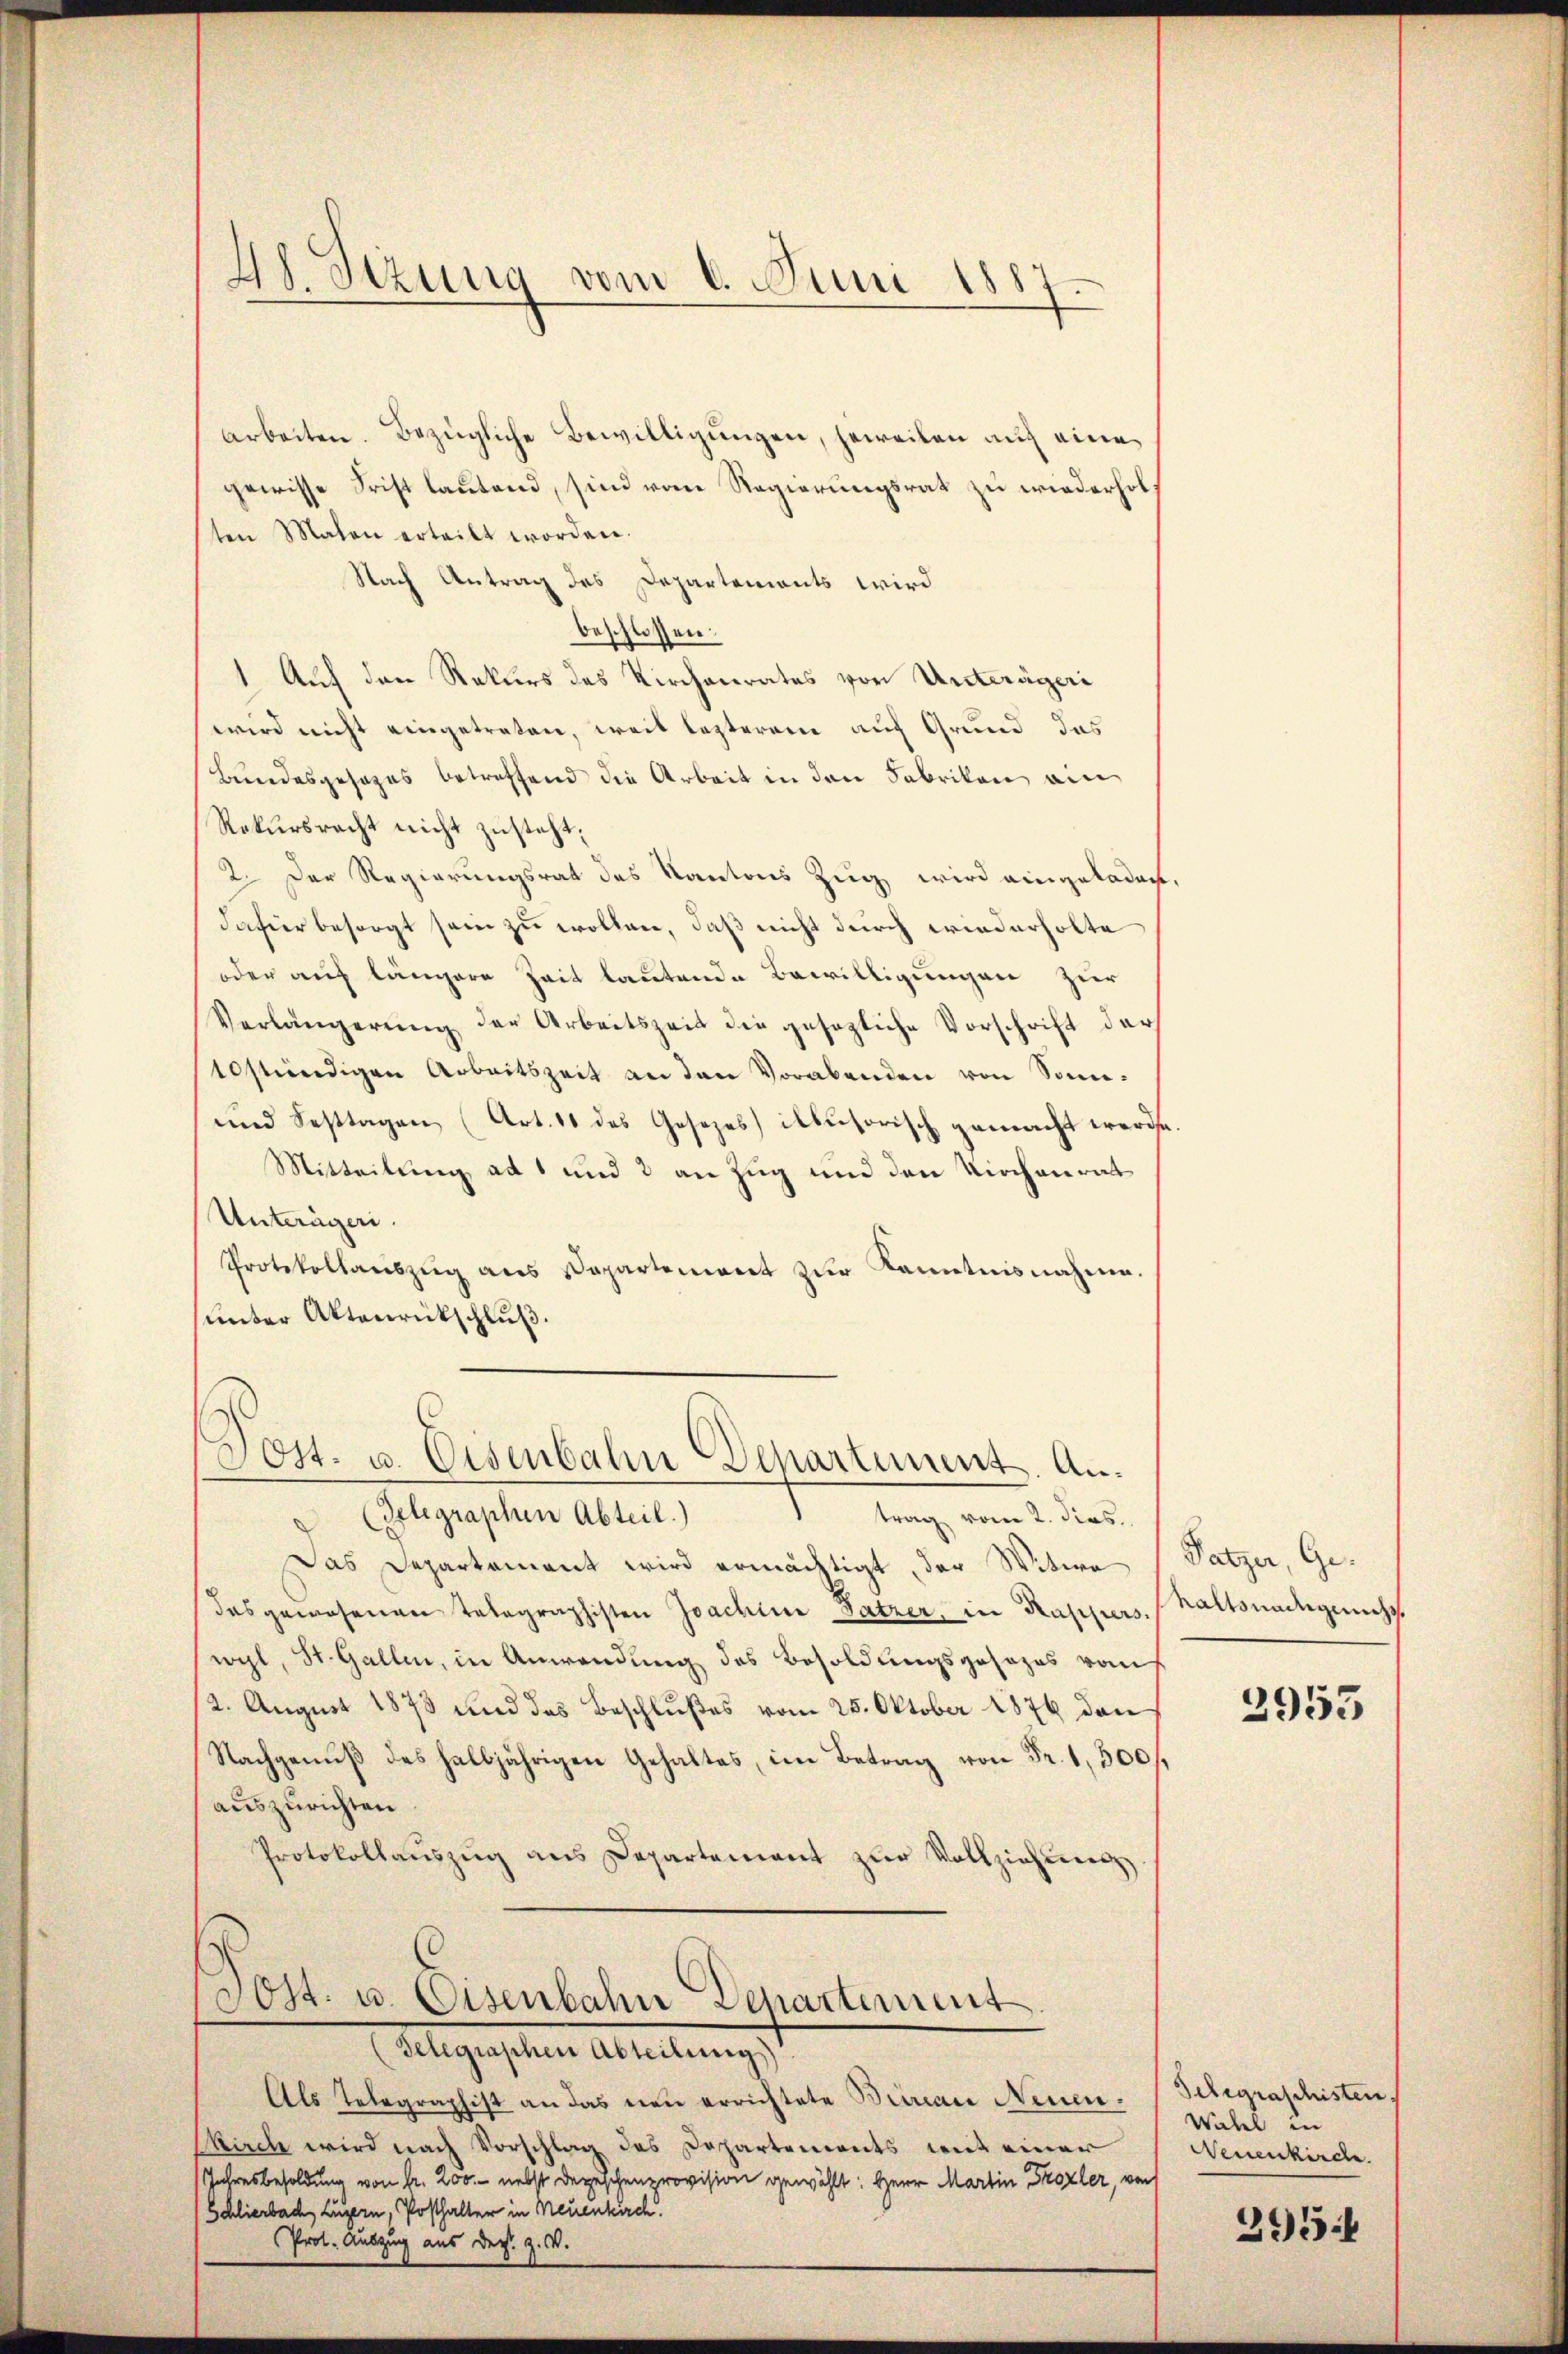
arbeiten. Bezügliche Bewilligungen, jeweilen auf eine
gewisse Frist lautend, sind vom Regierungsrat zu wiederholf
ten Malen erteilt worden.
Nach Antrag des Departements wird
beschlossen:
1 Auf den Rekurs das Kirchenrates von Unterägeri
wird nicht eingetreten, weil lezterem auf Grund das
Bundesgesetzes betreffend die Arbeit in den Fabrikon ein
Rekursrecht nicht zusteht:
2. Der Regierungsrat des Kantons Zug wird eingeladen,
dafür besorgt sein zu wollen, daß nicht durch wiederholte
oder auf längere Zeit lautende Bewilligungen zur
Verlängerŭng der Arbeitszeit die gesezliche Vorschrift der
10stündigen Arbeitszeit an den Vorabenden von Sonn-
und Festtagen (Art. 11 des Gesezes illusorisch gemacht werde.
Mitteilung ad 1 und 3 an Zug und den Kirchenrat
Unterägeri.
Protokollaŭszŭg ans Departement zŭr Kenntnisnahme.
unter Aktenrückschluß.

48. Sizung vom 6. Juni 1887.

Post. u. Eisenbahn Departement. An¬

(Gelegraphen Abteil.)
trag vom 2. dies
Das Departement wird ermächtigt, der Witwe Satzer, Gedas gewesenen Telegraphisten Joachine Satzer, in Kappers, haltsnachgerichs
wyl, St. Gallen, in Anwendung des Besoldungsgesezes vo
12. August 1873 und das Beschlußes vom 25. Oktober 1876 den
Nachgenuß des halbjährigen Gehaltes, im Betrag Fr. 500.
auszurichten
Protokollaŭszŭg ans Departement zŭr Vollziehung
Post- u. Eisenbahn Departement
Algesehen Ableitung
Als Telegraphist an das neu errichtete Bureau Neuen.
Kirche wird nach Vorschlag des Departements mit einer
Jahresbesoldung von Fr. 200. nebst Depeschenprovision gewählt: Herr Martin Trozler, von
Schlierbach Luzern, Posthalter in Neuenkirch
Prot. Auszug aus ders. Z. V.

2953

Schgraschisten
Wichel in
Neuenkirche.

395: